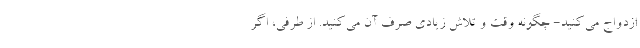
ازدواج می‌کنید- چگونه وقت و تلاش زیادی صرف آن می‌کنید. از طرفی، اگر